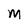
Character: M